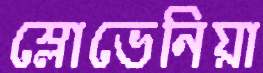
স্লোভেনিয়া